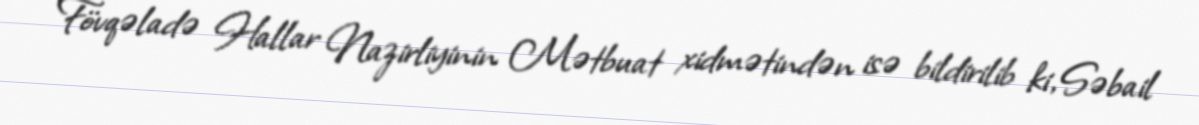
Fövqəladə Hallar Nazirliyinin Mətbuat xidmətindən isə bildirilib ki, Səbail